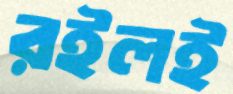
রইলই